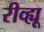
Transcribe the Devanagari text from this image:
रीव्ह्यू